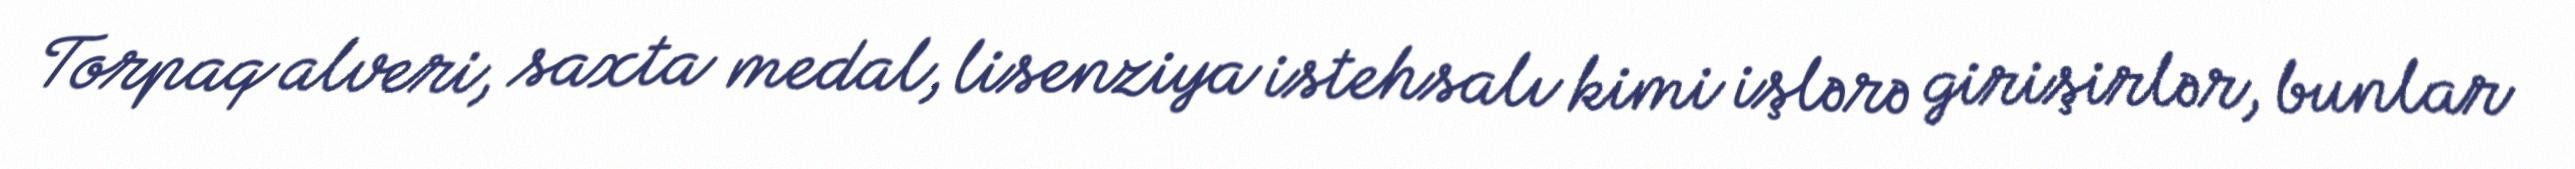
Torpaq alveri, saxta medal, lisenziya istehsalı kimi işlərə girişirlər, bunlar